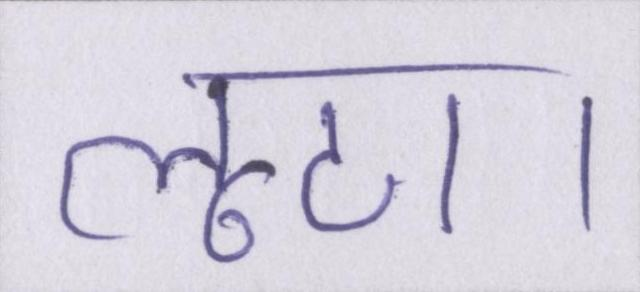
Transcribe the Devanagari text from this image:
लूटा।